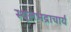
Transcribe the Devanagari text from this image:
स्थूलभद्राचार्य